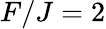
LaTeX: F/J=2